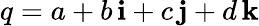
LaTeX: q=a+b\, \mathbf{i}+c\, \mathbf{j}+d\, \mathbf{k}